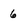
Character: 6